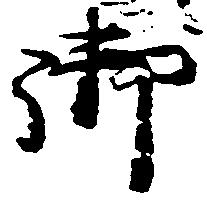
御